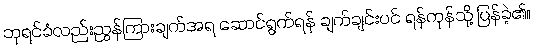
ဘုရင်ခံလည်းညွှန်ကြားချက်အရ ဆောင်ရွက်ရန် ချက်ချင်းပင် ရန်ကုန်သို့ ပြန်ခဲ့၏။